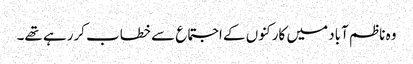
وہ ناظم آباد میں کارکنوں کے اجتماع سے خطاب کررہے تھے۔